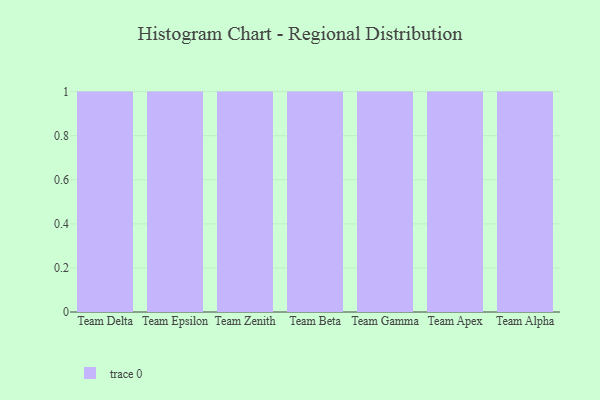
{"axis": {"x": "Team", "y": "Temperature (°C)"}, "legend": [""], "data": [{"x": "Team Delta", "y": 78, "type": ""}, {"x": "Team Epsilon", "y": 64, "type": ""}, {"x": "Team Zenith", "y": 9, "type": ""}, {"x": "Team Beta", "y": 54, "type": ""}, {"x": "Team Gamma", "y": 92, "type": ""}, {"x": "Team Apex", "y": 86, "type": ""}, {"x": "Team Alpha", "y": 20, "type": ""}]}